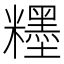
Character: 𥽞